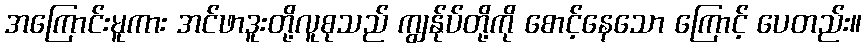
အကြောင်းမူကား အင်ဖာဒူးတို့လူစုသည် ကျွန်ုပ်တို့ကို စောင့်နေသော ကြောင့် ပေတည်း။